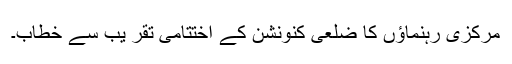
مرکزی رہنماؤں کا ضلعی کنونشن کے اختتامی تقر یب سے خطاب۔